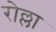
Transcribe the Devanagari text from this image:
रोल्ला